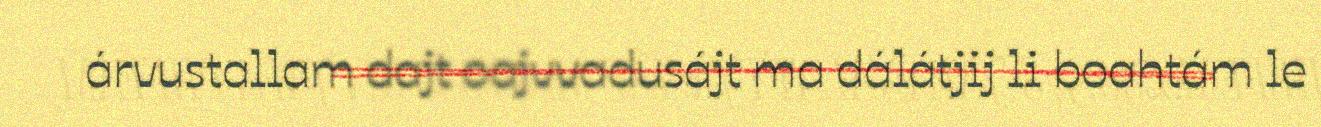
árvustallam dajt oajvvadusájt ma dálátjij li boahtám le